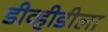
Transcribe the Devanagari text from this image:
डीव्हीडीला